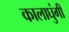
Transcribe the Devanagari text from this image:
कालाघुंगी